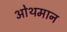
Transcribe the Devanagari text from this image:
ओथमान